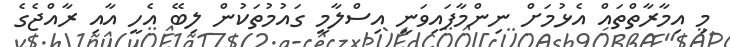
މި އިމާރާތްތައް އެޅުމަށް ނިންމާފައިވަނީ އިސްލާމީ ގައުމުތަކުން ލިބޭ އެހީ އާއި ރާއްޖެގެ